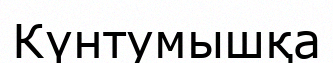
Күнтумышқа